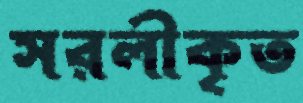
সরলীকৃত